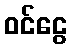
ဝင်ငွေ